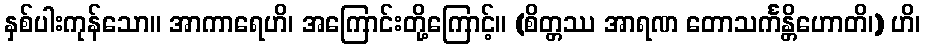
နှစ်ပါးကုန်သော။ အာကာရေဟိ၊ အကြောင်းတို့ကြောင့်။ (စိတ္တဿ အာရဏ တောသင်္ကန္တိဟောတိ၊) ဟိ၊